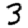
Digit: 3